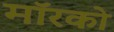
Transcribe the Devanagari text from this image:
मॉरको